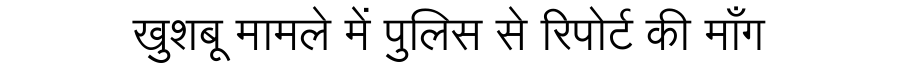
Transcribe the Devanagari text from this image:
खुशबू मामले में पुलिस से रिपोर्ट की माँग